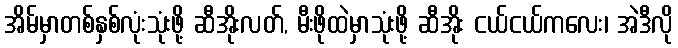
အိမ်မှာတစ်နှစ်လုံးသုံးဖို့ ဆီအိုးလတ်, မီးဖိုထဲမှာသုံးဖို့ ဆီအိုး ငယ်ငယ်ကလေး၊ အဲဒီလို